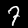
Digit: 7